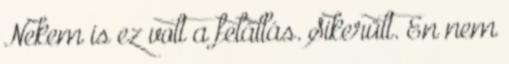
Nekem is ez volt a felállás. Sikerült. En nem